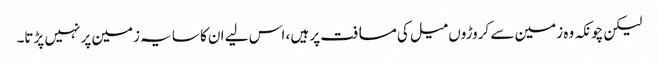
لیکن چونکہ وہ زمین سے کروڑوں میل کی مسافت پر ہیں ، اس لیے ان کا سایہ زمین پر نہیں پڑتا۔